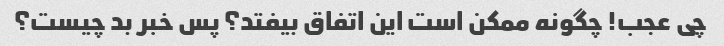
چی عجب! چگونه ممکن است این اتفاق بیفتد؟ پس خبر بد چیست؟